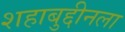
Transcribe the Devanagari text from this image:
शहाबुद्दीनला